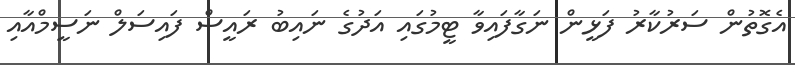
އެގޮތުން ސަރުކާރު ފަޅީން ނަގާފައިވާ ޓީމުގައި އަދުގެ ނައިބު ރައީސް ފައިސަލް ނަސީމްއާއި